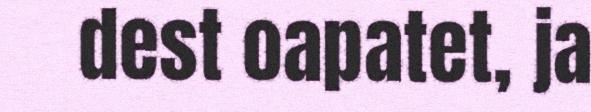
dest oapatet, ja